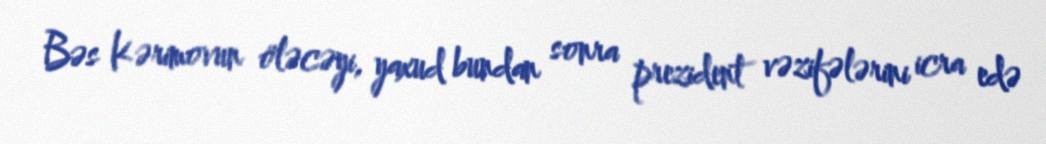
Bəs Kərimovun öləcəyi, yaxud bundan sonra prezident vəzifələrini icra edə